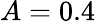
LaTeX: A=0.4